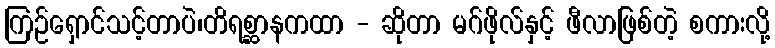
ကြဉ်ရှောင်သင့်တာပဲ၊တိရစ္ဆာနကထာ - ဆိုတာ မဂ်ဖိုလ်နှင့် ဖီလာဖြစ်တဲ့ စကားလို့